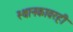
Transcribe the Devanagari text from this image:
स्थानकावरही